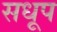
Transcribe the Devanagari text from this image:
सधूप